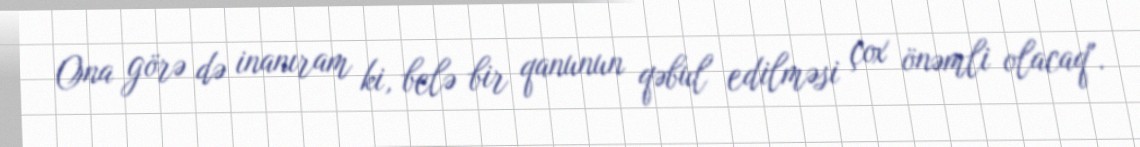
Ona görə də inanıram ki, belə bir qanunun qəbul edilməsi çox önəmli olacaq".